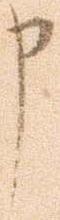
申